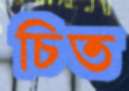
চিত